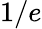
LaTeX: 1/e